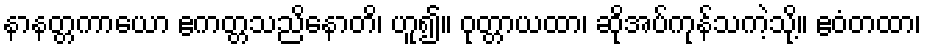
နာနတ္တကာယော ဧကတ္တသညိနောတိ၊ ဟူ၍။ ဝုတ္တာယထာ၊ ဆိုအပ်ကုန်သကဲ့သို့။ ဧဝံတထာ၊